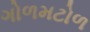
ગોળમટોળ